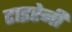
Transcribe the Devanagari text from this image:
टाइरेनी